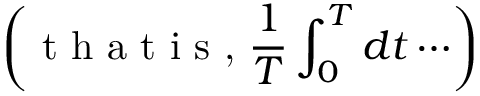
\left( \textrm { t h a t i s , } \frac { 1 } { T } \int _ { 0 } ^ { T } d t \cdots \right)